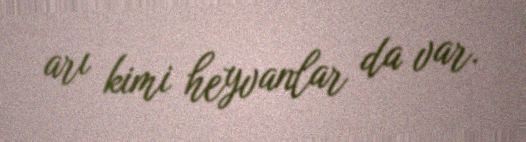
arı kimi heyvanlar da var.